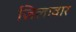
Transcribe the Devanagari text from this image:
ज़िलावार